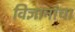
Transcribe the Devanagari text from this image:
विज्ञानांचा